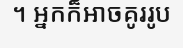
។ អ្នកក៏អាចគូររូប